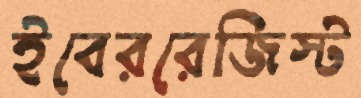
ইবেররেজিস্ট